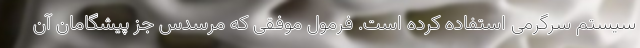
سیستم سرگرمی استفاده کرده است. فرمول موفقی که مرسدس جز پیشگامان آن